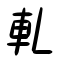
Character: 軋